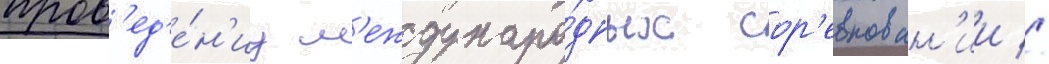
пров'ед'е́н'иу м'еждунаро́дных сор'евнован'ии //